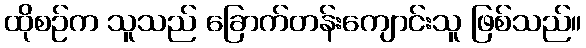
ထိုစဉ်က သူသည် ခြောက်တန်းကျောင်းသူ ဖြစ်သည်။